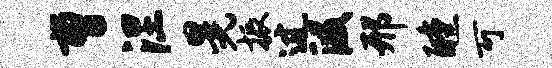
曹涅晃振过段邢醺可